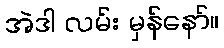
အဲဒါ လမ်း မှန်နော်။